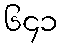
၆၄၁